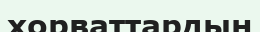
хорваттардың